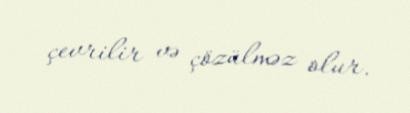
çevrilir və çözülməz olur.